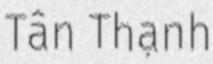
Tân Thạnh